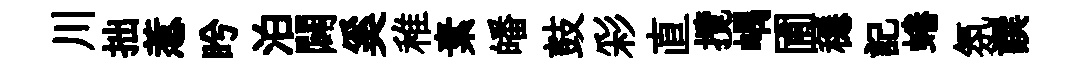
川拙惹盻泊闢奚稚素皤鼓彩直攬嵎圃穩記蜷氛譔